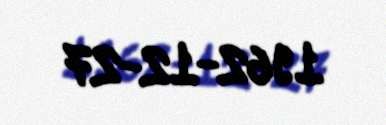
1962-12-27